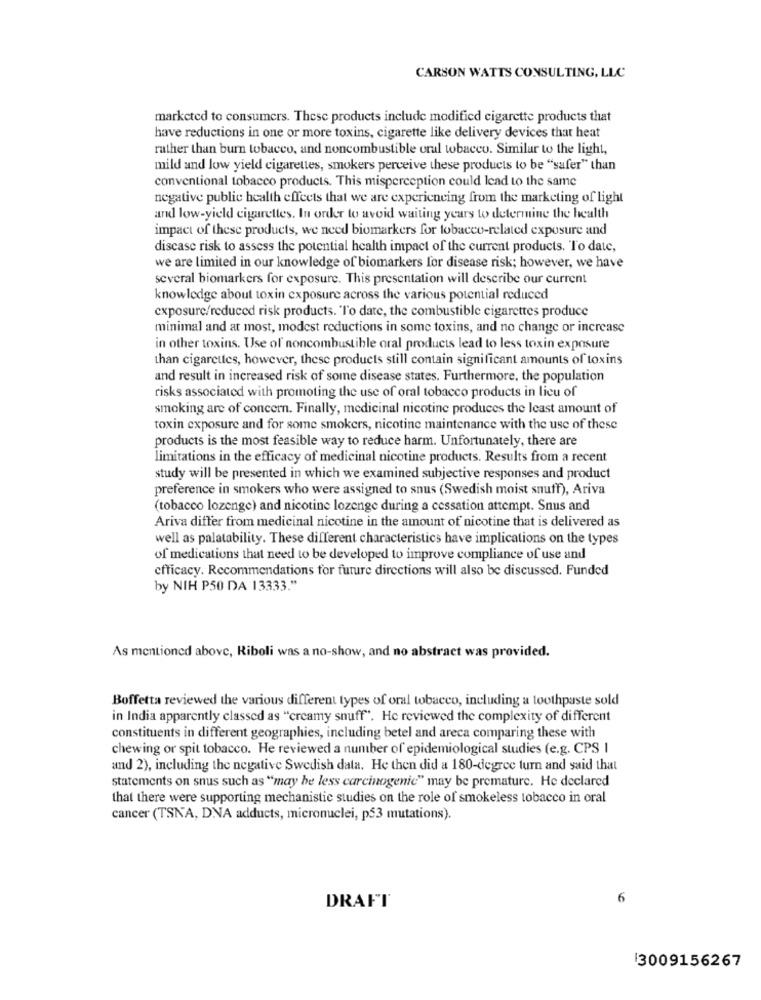
CARSON WATTS CONSULTING, LLC
marketed to consumers. These products include modified cigarette products that
have reductions in one or more toxins, cigarette like delivery devices that heat
rather than burn tobacco, and noncombustible oral tobacco. Similar to the light,
mild and low yield cigarettes, smokers perceive these products to be "safer" than
conventional tobacco products. This misperception could lead to the same
negative public health effects that we are experiencing from the marketing of light
and low-yield cigarettes. In order to avoid waiting years to determine the health
impact of these products, we need biomarkers for tobacco-related exposure and
discase risk to assess the potential health impact of the current products. To date,
we are limited in our knowledge of biomarkers for disease risk; however, we have
several biomarkers for exposure. This presentation will describe our current
knowledge about toxin exposure across the various potential reduced
exposure/reduced risk products. "To date, the combustible cigarettes produce
minimal and at most, modest reductions in some toxins, and no change or increase
in other toxins. Use of noncombustible oral products lead to less toxin exposure
than cigarettes, however, these products still contain significant amounts of toxins
and result in increased risk of some disease states. Furthermore, the population
risks associated with promoting the use of oral tobacco products in lieu of
smoking are of concern. Finally, medicinal nicotine produces the least amount of
toxin exposure and for some smokers, nicotine maintenance with the use of these
products is the most feasible way to reduce harm. Unfortunately, there are
limitations in the efficacy of medicinal nicotine products. Results from a recent
study will be presented in which we examined subjective responses and product
preference in smokers who were assigned to snus (Swedish moist snuff), Ariva
(tobacco lozenge) and nicotine lozenge during a cessation attempt. Snus and
Ariva differ from medicinal nicotine in the amount of nicotine that is delivered as
well as palatability. These different characteristics have implications on the types
of medications that need to be developed to improve compliance of use and
efficacy. Recommendations for future directions will also be discussed. Funded
by NIH P50 DA 13333."
As mentioned above, Riboli was a no-show, and no abstract was provided.
Boffetta reviewed the various different types of oral tobacco, including a toothpaste sold
in India apparently classed as "creamy snuff". He reviewed the complexity of different
constituents in different geographies, including betel and areca comparing these with
chewing or spit tobacco. He reviewed a number of epidemiological studies (e.g. CPS I
and 2), including the negative Swedish data. He then did a 180-degree turn and said that
statements on snus such as "may be less carcinogenic" may be premature. He declared
that there were supporting mechanistic studies on the role of smokeless tobacco in oral
cancer (TSNA, DNA adducts, micronuclei, p53 mutations).
6
DRAFT
13009156267